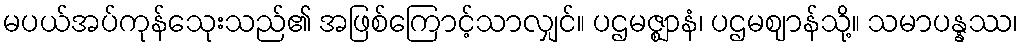
မပယ်အပ်ကုန်သေုးသည်၏ အဖြစ်ကြောင့်သာလျှင်။ ပဌမဇ္ဈာနံ၊ ပဌမဈာန်သို့။ သမာပန္နဿ၊